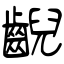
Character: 齯